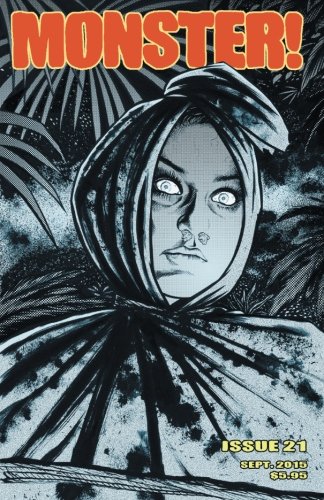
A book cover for Monster! #21: September 2015; Tim Paxton; Humor & Entertainment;